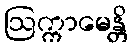
ဩက္ကာမေန္တိ